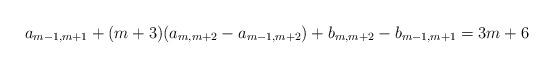
LaTeX: \begin{align*}a_{m-1,m+1} + (m+3)(a_{m,m+2} -a_{m-1,m+2}) +b_{m,m+2} -b_{m-1,m+1} = 3m+6\end{align*}